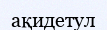
ақидетул